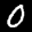
Label: 0